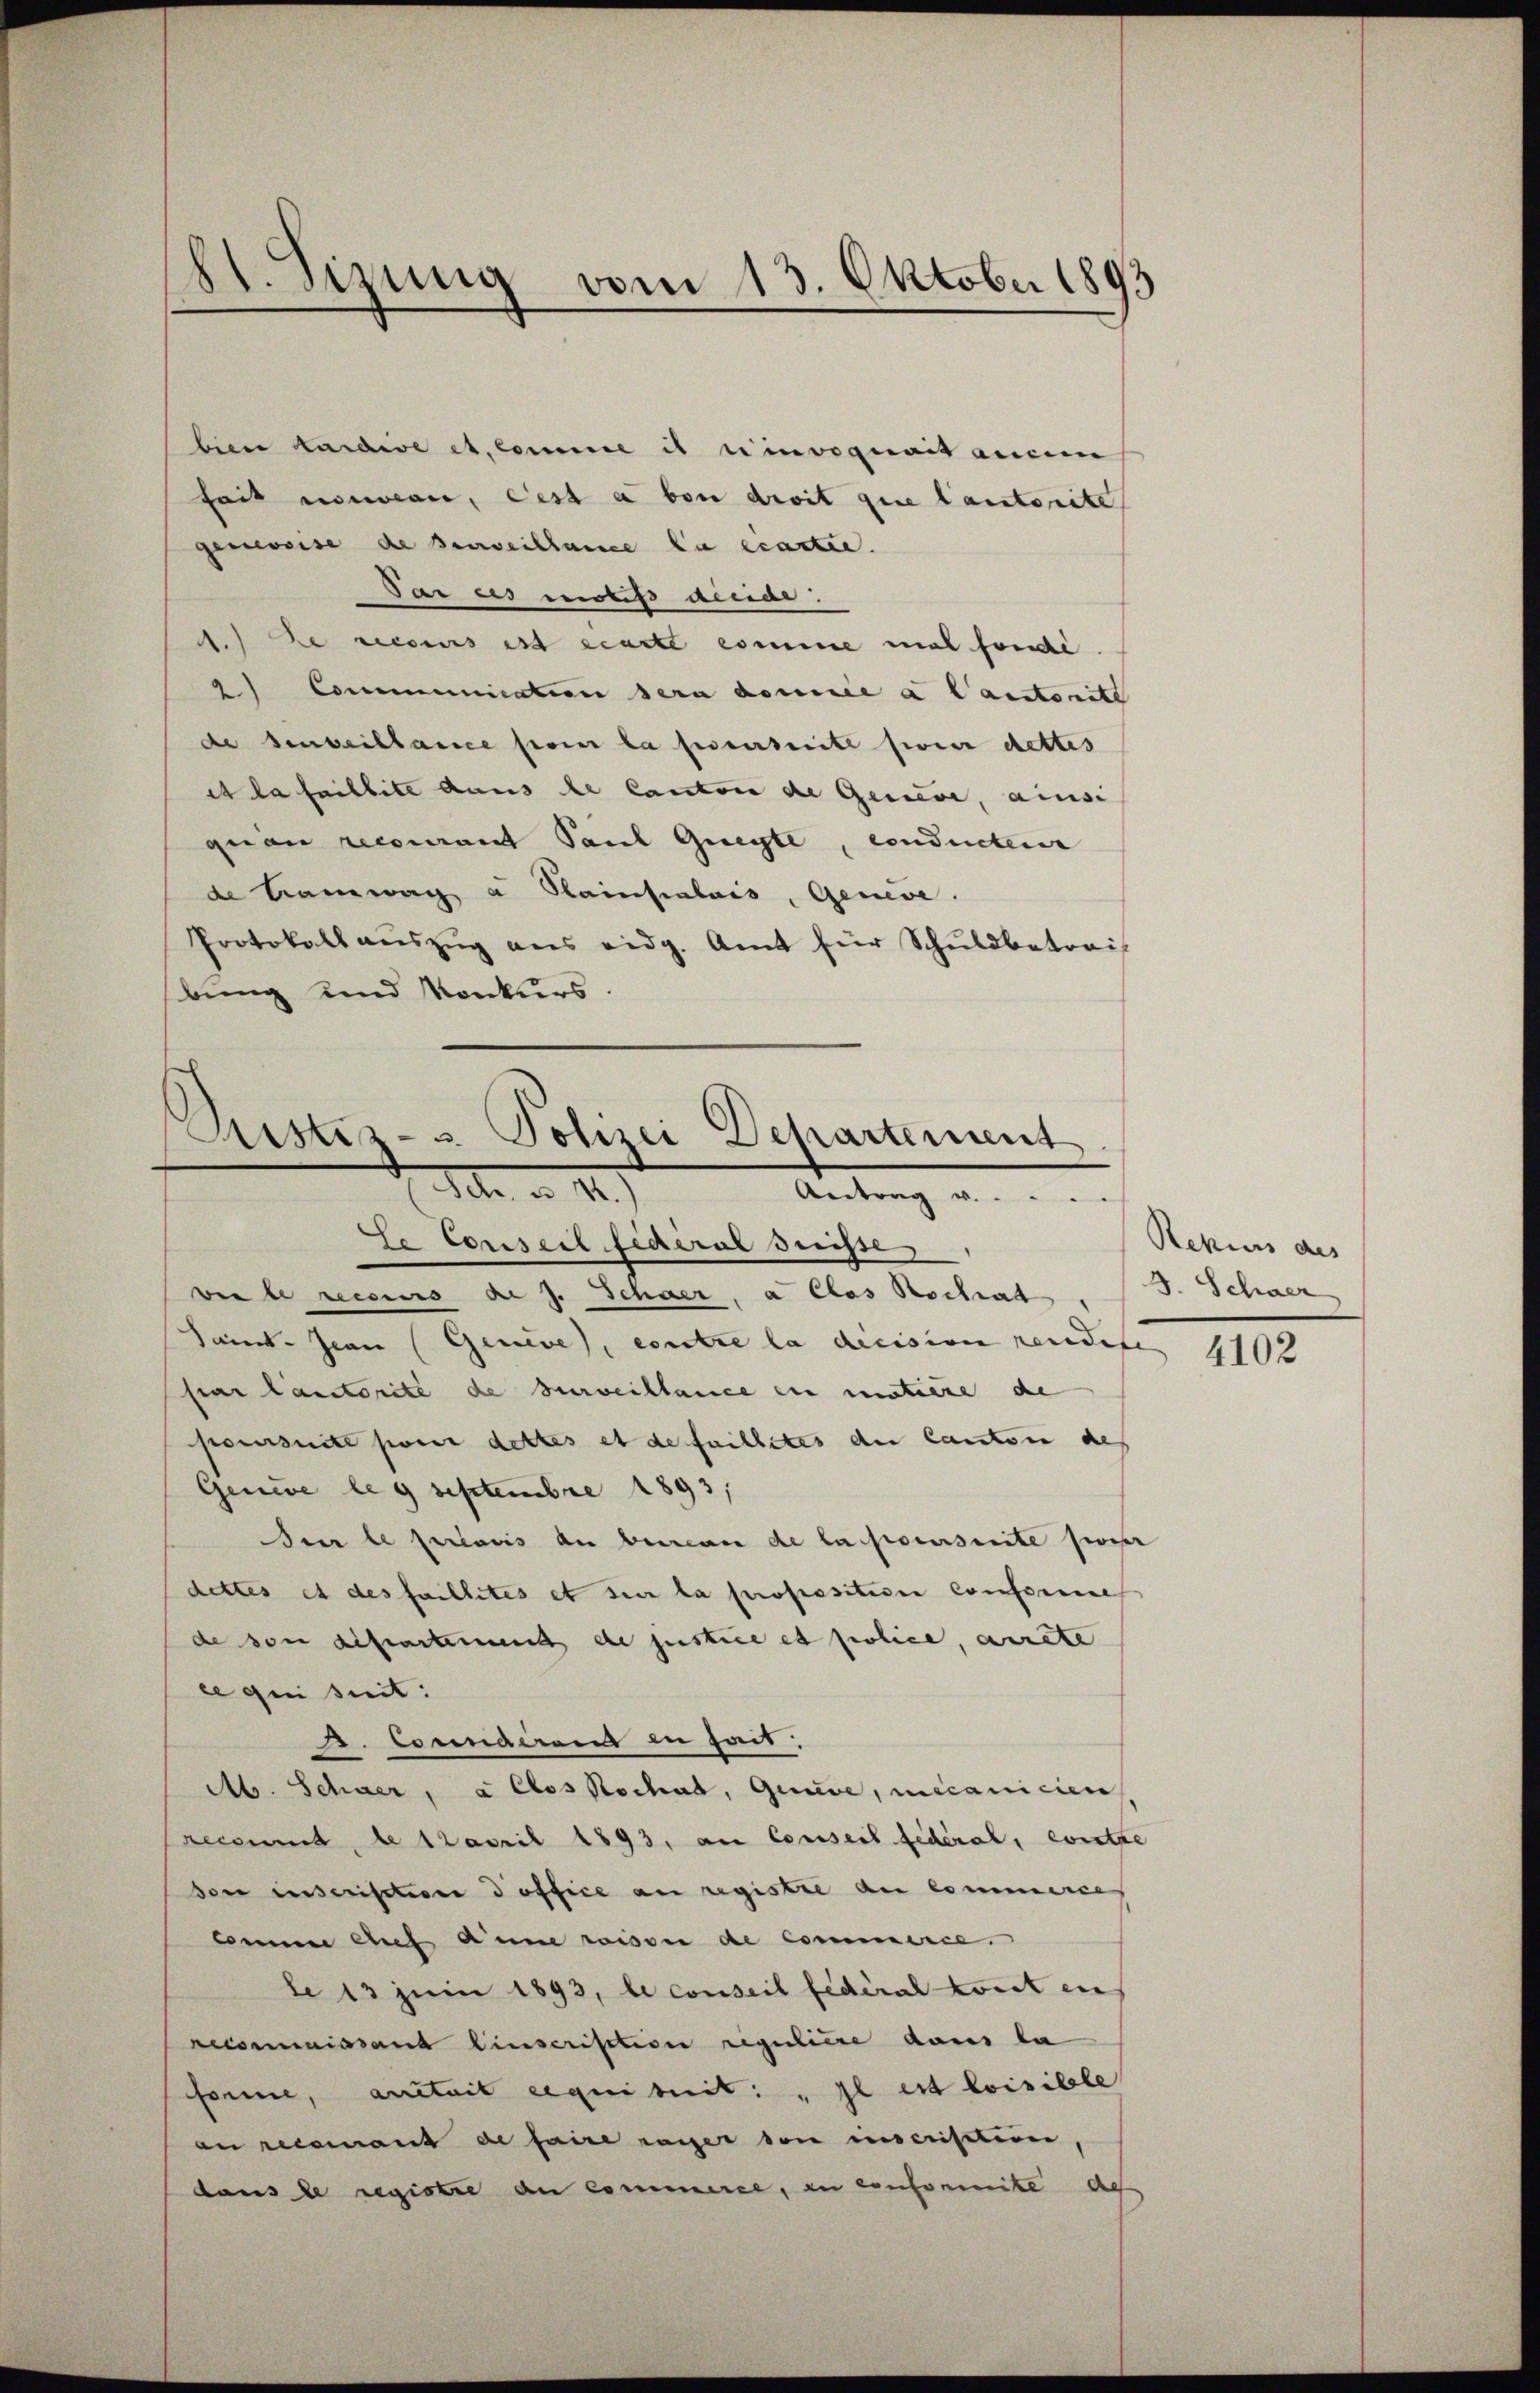
Hl. Sizung vom 13. Oktober 1893

bien tardire et Comme is einvoquait angem
hait nommen, cest a von droit que lautorite
genosse de Beweillance zu erartie.
Par es nobis acciar.
1.) Le recours est carte comme mal fonde
2) Communication dern donnée à l’autorit
de beweiblance pour la perseite seine dettes
et la faillite daus de Canton de Gewere, ainsi
quam recourant Paul Gregte, conducteur
de Tramwag a Rainsialais, Geneve.
Protokoll aŭszŭg ans eidg. Amt für Schŭldbetrait
bung und Konkurs.

Rustiz- & Polizei Departement.
I. d. II.
Antrag v. . . . .
Le Conseil federal Suisse
vie le recciers d. J. Schner, a clas Rochiat

Samt. Jean (Geneve, contre la decision rendete
sar lautorité de surveillance ein matiere de
poursuite pour dettes et de faillites der Canton des
Geneve le 9 Septembre 1893,
Der le perioris an berein de la poursuite feier
dettes et des faillites et sur la proposition conforme
de von deseartement de justice et police, arrete
le qui suit:
A. Connairend in heit.
Ab. Schwer, à Clos Kochat, Geneve, necanicien
recomit, le Napril 1893, an Conseil fédéral, erste
son inserisatione office an registre au commerce
Connen auf anne wisse de commerce.
de 13 zum 1893, le conseil fédéral konst in
reconnaissant Einserisation regulière dans la
sonne, anstait requisit: „Il est loisible
an recamant de faire ranger von inscristiren
daus de registre an commere, in consommite des

Rekurs des
3. Schwer

4102